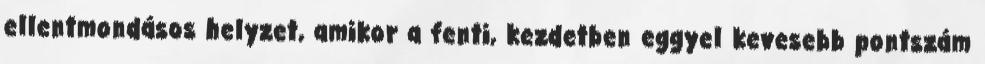
ellentmondásos helyzet, amikor a fenti, kezdetben eggyel kevesebb pontszám